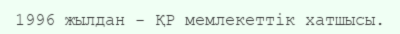
1996 жылдан - ҚР мемлекеттік хатшысы.